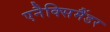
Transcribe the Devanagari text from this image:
एनैक्सिमैंडर